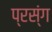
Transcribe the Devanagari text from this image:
प्रस्ंग